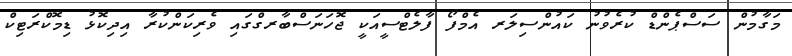
މަގާމުން ސަސްޕެންޑް ކުރެވުނު ކައުންސިލަރ އެމްފޯ ފާލެޓްސީއަކީ ޖޮހަނަސްބާރގްގައި ވެރިކަންކުރާ އިދިކޮޅު ޑިމޮކްރަޓިކް